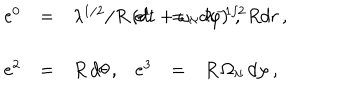
\begin{array} { r c l r c l } { { e ^ { 0 } } } & { { = } } & { { \lambda ^ { 1 / 2 } / R \left( d t + \omega _ { \aleph } d \varphi \right) \, , \hspace { . 5 c m } } } & { { e ^ { 1 } } } & { { = } } & { { \lambda ^ { - 1 / 2 } R d r \, , } } \\ { { } } & { { } } & { { } } & { { } } & { { } } & { { } } \\ { { e ^ { 2 } } } & { { = } } & { { R \, d \theta \, , } } & { { e ^ { 3 } } } & { { = } } & { { R \, \Omega _ { \aleph } \, d \varphi \, , } } \\ \end{array}